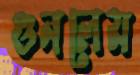
গুনলেম